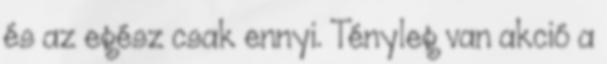
és az egész csak ennyi. Tényleg van akció a